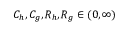
C _ { h } , C _ { g } , R _ { h } , R _ { g } \in ( 0 , \infty )